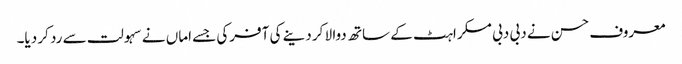
معروف حسن نے دبی دبی مسکراہٹ کے ساتھ دوا لا کر دینے کی آفرکی جسے اماں نے سہولت سے رد کر دیا۔